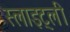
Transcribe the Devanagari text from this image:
स्लाइट्ली